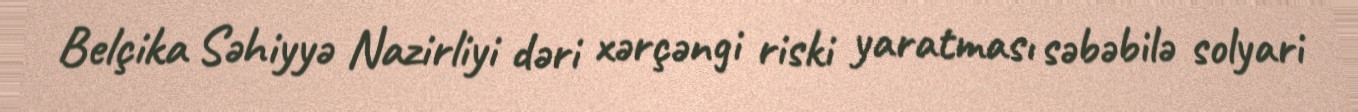
Belçika Səhiyyə Nazirliyi dəri xərçəngi riski yaratması səbəbilə solyari